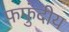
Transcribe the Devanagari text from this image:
फफुंदीय